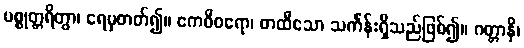
ပစ္စုတ္တရိတွာ၊ ရေမှတတ်၍။ ဧကဝီဝရော၊ တထီသော သင်္ကန်းရှိသည်ဖြစ်၍။ ဂတ္တာနိ၊